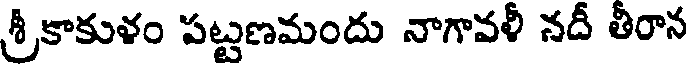
శ్రీకాకుళం పట్టణమందు నాగావళీ నదీ తీరాన